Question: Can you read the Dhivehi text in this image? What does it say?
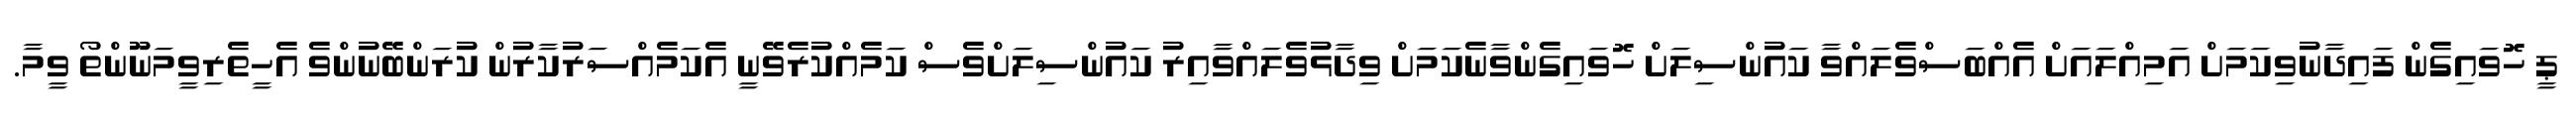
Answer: ޕީ ހޮވައިގެން ފައިދާނުވިކަމަށް އަމިއްލައަށް އެއްބަސްވެލައްވާ ކައުންސިލަށް ހޮވައިގެންވާނެކަމަށް ވިދާޅުވެލައްވާއިރު ކައުންސިލަށްވެސް ކަމެއްކުރެވޭނީ އެކަމެއްސަރުކާރުން ކުރަންބޭނުންވެ އެހީތެރިވީމަނޫންތޯ ވީމާ.